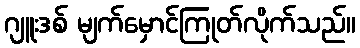
ဂျူးဒစ် မျက်မှောင်ကြုတ်လိုက်သည်။